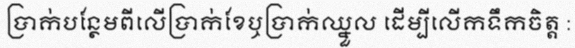
ប្រាក់បន្ថែមពីលើប្រាក់ខែឬប្រាក់ឈ្នួល ដើម្បីលើកទឹកចិត្ត :